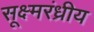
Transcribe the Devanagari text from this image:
सूक्ष्मरंध्रीय